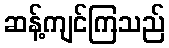
ဆန့်ကျင်ကြသည်